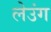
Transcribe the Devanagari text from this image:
लेउंग